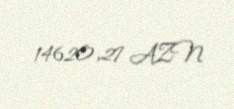
14620,27 AZN